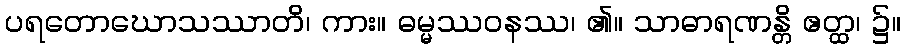
ပရတောဃောသဿာတိ၊ ကား။ ဓမ္မဿဝနဿ၊ ၏။ သာဓာရဏန္တိ ဧတ္ထ၊ ၌။